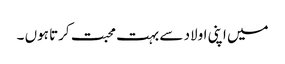
میں اپنی اولاد سے بہت محبت کرتا ہوں ۔